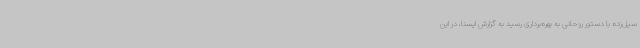
سیل‌زده با دستور روحانی به بهره‌برداری رسید به گزارش ایسنا، در این